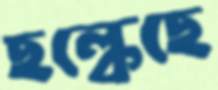
ছল্‌কেছে